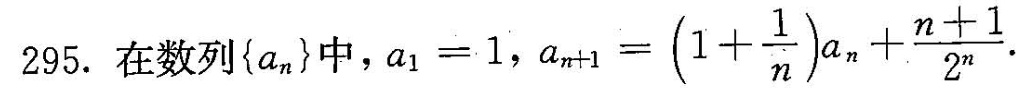
295.在数列{a_{n}}中，$$a _ { 1 } = 1$$， $$a _ { n + 1 } = ( 1 + \frac { 1 } { n } ) a _ { n } + \frac { n + 1 } { 2 ^ { n } }$$.